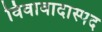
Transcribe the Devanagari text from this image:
विवावादास्पद